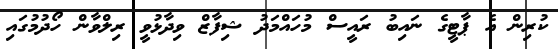
ކުރިން އެ ޕާޓީގެ ނައިބު ރައީސް މުހައްމަދު ޝިފާޒް ވިދާޅުވީ ރިލްވާން ހޯދުމުގައި